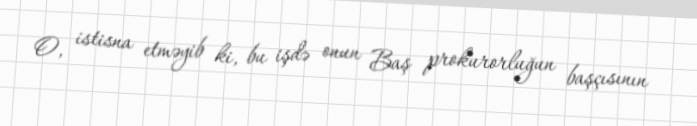
O, istisna etməyib ki, bu işdə onun Baş prokurorluğun başçısının